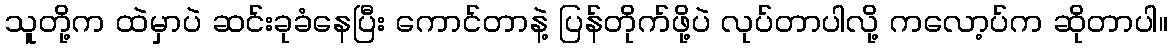
သူတို့က ထဲမှာပဲ ဆင်းခုခံနေပြီး ကောင်တာနဲ့ ပြန်တိုက်ဖို့ပဲ လုပ်တာပါလို့ ကလော့ပ်က ဆိုတာပါ။